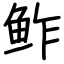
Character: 鲊